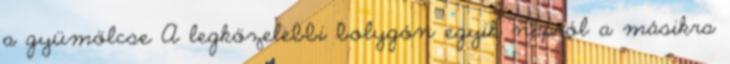
a gyümölcse A legközelebbi bolygón egyik napról a másikra